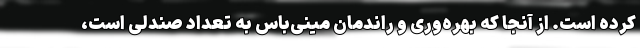
کرده است. از آنجا که بهره‌وری و راندمان مینی‌باس به تعداد صندلی است،